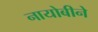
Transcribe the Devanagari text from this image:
नायोबीने